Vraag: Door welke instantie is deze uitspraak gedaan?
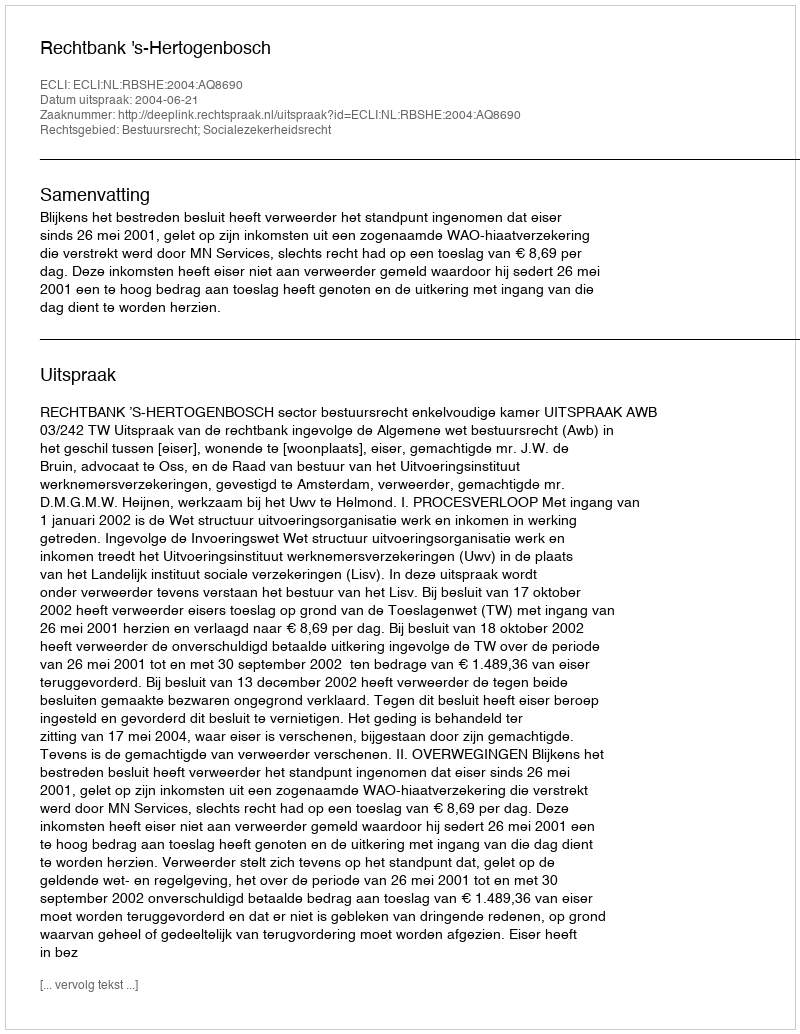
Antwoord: Rechtbank 's-Hertogenbosch